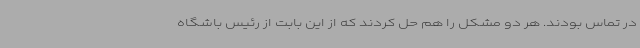
در تماس بودند. هر دو مشکل را هم حل کردند که از این بابت از رئیس باشگاه